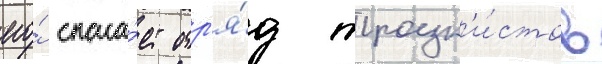
его́ спаса́ет отр'я́д троцк'и́стов